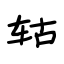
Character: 轱